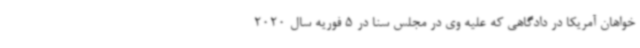
‌خواهان آمریکا در دادگاهی که علیه وی در مجلس سنا در 5 فوریه سال 2020